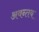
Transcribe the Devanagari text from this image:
अवन्तय